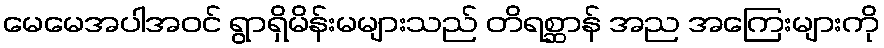
မေမေအပါအဝင် ရွာရှိမိန်းမများသည် တိရစ္ဆာန် အည အကြေးများကို